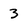
Character: 3